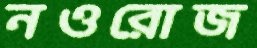
নওরোজ